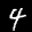
Label: 4